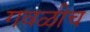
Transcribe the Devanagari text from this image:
गवळीच